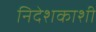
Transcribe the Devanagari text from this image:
निदेशकाशी